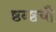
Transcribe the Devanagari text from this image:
ष्ठन्ष्ठचौ